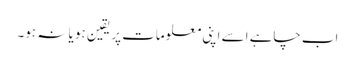
اب چاہے اسے اپنی معلومات پر یقین ہو یا نہ ہو۔